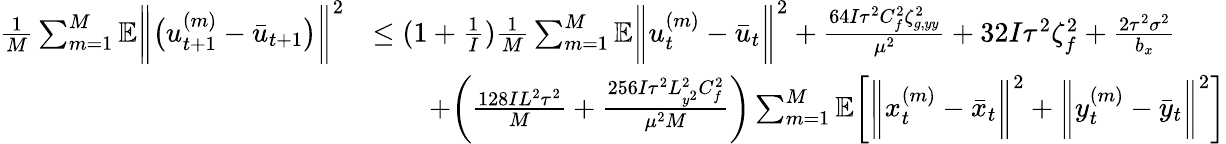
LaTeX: \begin{array}{rl}{\frac{1}{M}\sum_{m=1}^{M}\mathbb{E}\bigg\| \big(u_{t+1}^{(m)}-\bar{u}_{t+1}\big)\bigg\| ^{2}}&{\leq(1+\frac{1}{I})\frac{1}{M}\sum_{m=1}^{M}\mathbb{E}\bigg\| u_{t}^{(m)}-\bar{u}_{t}\bigg\| ^{2}+\frac{64I\tau^{2}C_{f}^{2}\zeta_{g,yy}^{2}}{\mu^{2}}+32I\tau^{2}\zeta_{f}^{2}+\frac{2\tau^{2}\sigma^{2}}{b_{x}}}\\ &{\qquad+\bigg(\frac{128IL^{2}\tau^{2}}{M}+\frac{256I\tau^{2}L_{y^{2}}^{2}C_{f}^{2}}{\mu^{2}M}\bigg)\sum_{m=1}^{M}\mathbb{E}\bigg[\bigg\| x_{t}^{(m)}-\bar{x}_{t}\bigg\| ^{2}+\bigg\| y_{t}^{(m)}-\bar{y}_{t}\bigg\| ^{2}\bigg]}\end{array}